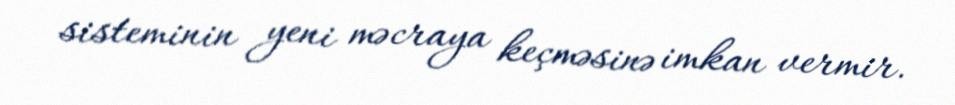
sisteminin yeni məcraya keçməsinə imkan vermir.